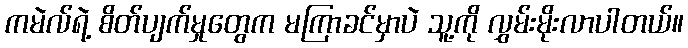
ကမဲလ်ရဲ့ စိတ်ပျက်မှုတွေက မကြာခင်မှာပဲ သူ့ကို လွှမ်းမိုးလာပါတယ်။